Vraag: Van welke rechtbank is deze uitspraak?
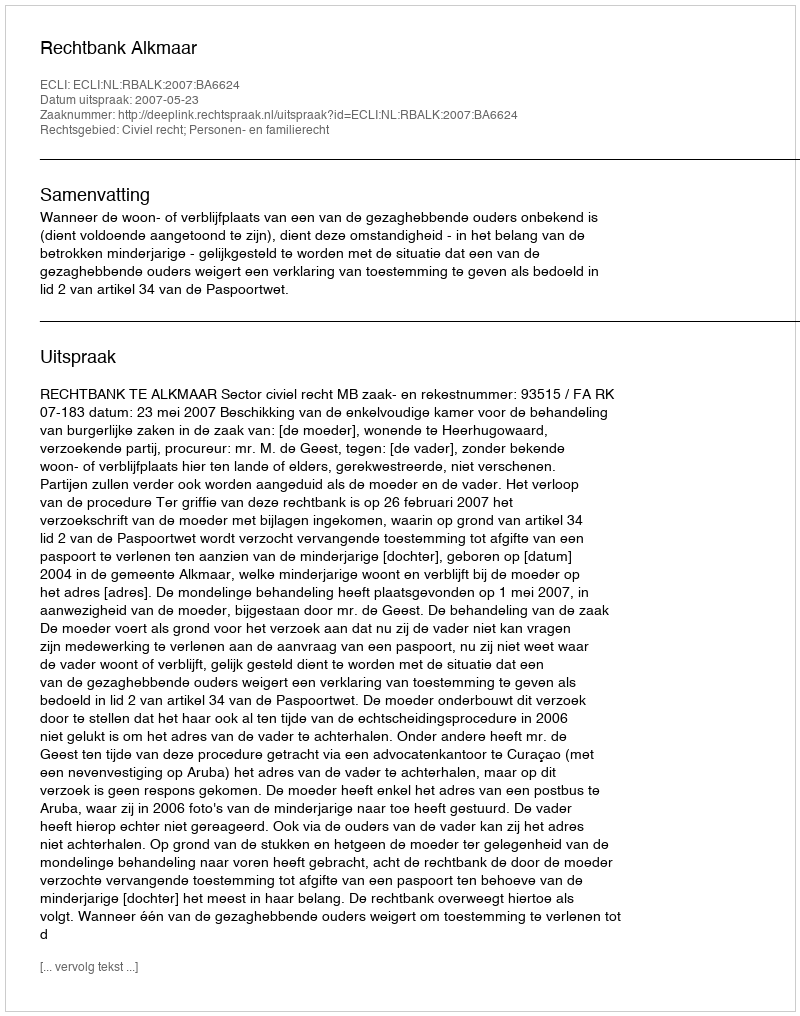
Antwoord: Rechtbank Alkmaar